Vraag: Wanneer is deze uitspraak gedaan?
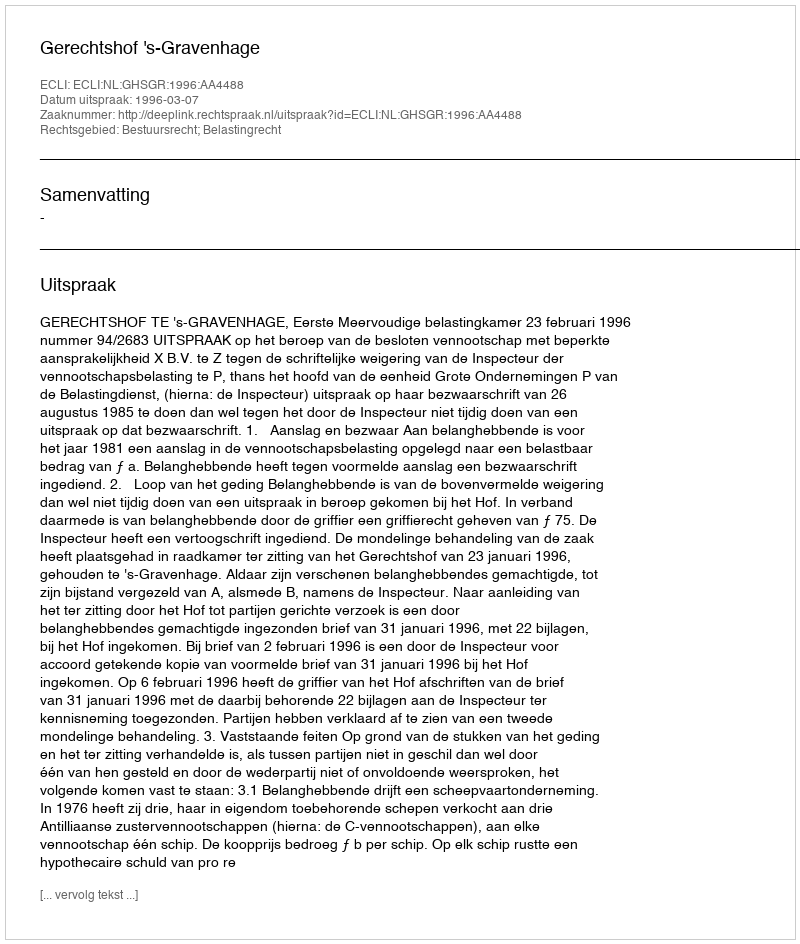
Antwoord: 1996-03-07